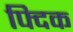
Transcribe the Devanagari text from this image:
फ्दिक